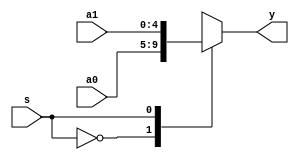
module mux2x5(a0,a1,s,y);
	input[4:0] a0,a1;
	input  s;
	output [4:0]y;
	
	
	function [4:0] select;      
		input [4:0] a0,a1;
		input  s;
		case (s)
			2'b0:select =a0;
			2'b1:select =a1;	
		endcase
	endfunction
	
	assign y=select (a0,a1,s);

endmodule